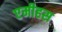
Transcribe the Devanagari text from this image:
एमीहस